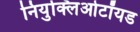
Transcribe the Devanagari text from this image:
नियुक्लिओटॉयड